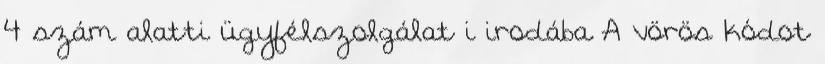
4 szám alatti ügyfélszolgálat i irodába A vörös kódot